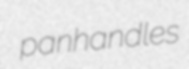
panhandles